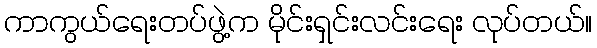
ကာကွယ်ရေးတပ်ဖွဲ့က မိုင်းရှင်းလင်းရေး လုပ်တယ်။